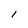
Character: I